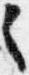
々